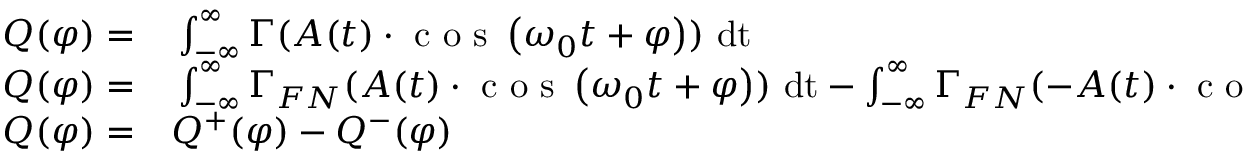
\begin{array} { r l } { Q ( \varphi ) = } & { { } \int _ { - \infty } ^ { \infty } \Gamma ( A ( t ) \cdot \mathrm { ~ c ~ o ~ s ~ } \left( \omega _ { 0 } t + \varphi \right) ) ~ \mathrm { d t } } \\ { Q ( \varphi ) = } & { { } \int _ { - \infty } ^ { \infty } \Gamma _ { F N } ( A ( t ) \cdot \mathrm { ~ c ~ o ~ s ~ } \left( \omega _ { 0 } t + \varphi \right) ) ~ \mathrm { d t } - \int _ { - \infty } ^ { \infty } \Gamma _ { F N } ( - A ( t ) \cdot \mathrm { ~ c ~ o ~ s ~ } \left( \omega _ { 0 } t + \varphi \right) ) ~ \mathrm { d t } . } \\ { Q ( \varphi ) = } & { { } Q ^ { + } ( \varphi ) - Q ^ { - } ( \varphi ) } \end{array}